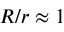
R / r \approx 1